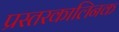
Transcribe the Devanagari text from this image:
प्रस्तरकालिनक